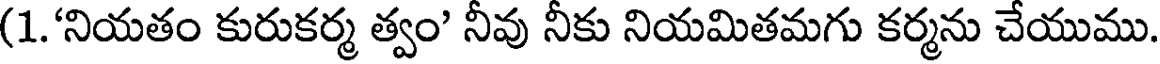
(1.'నియతం కురుకర్మ త్వం' నీవు నీకు నియమితమగు కర్మను చేయుము